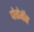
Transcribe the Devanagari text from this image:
पोकेमॅन